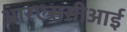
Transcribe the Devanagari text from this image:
आरएससीआई